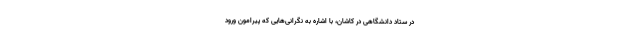
در ستاد دانشگاهی در کاشان، با اشاره به نگرانی‌هایی که پیرامون ورود